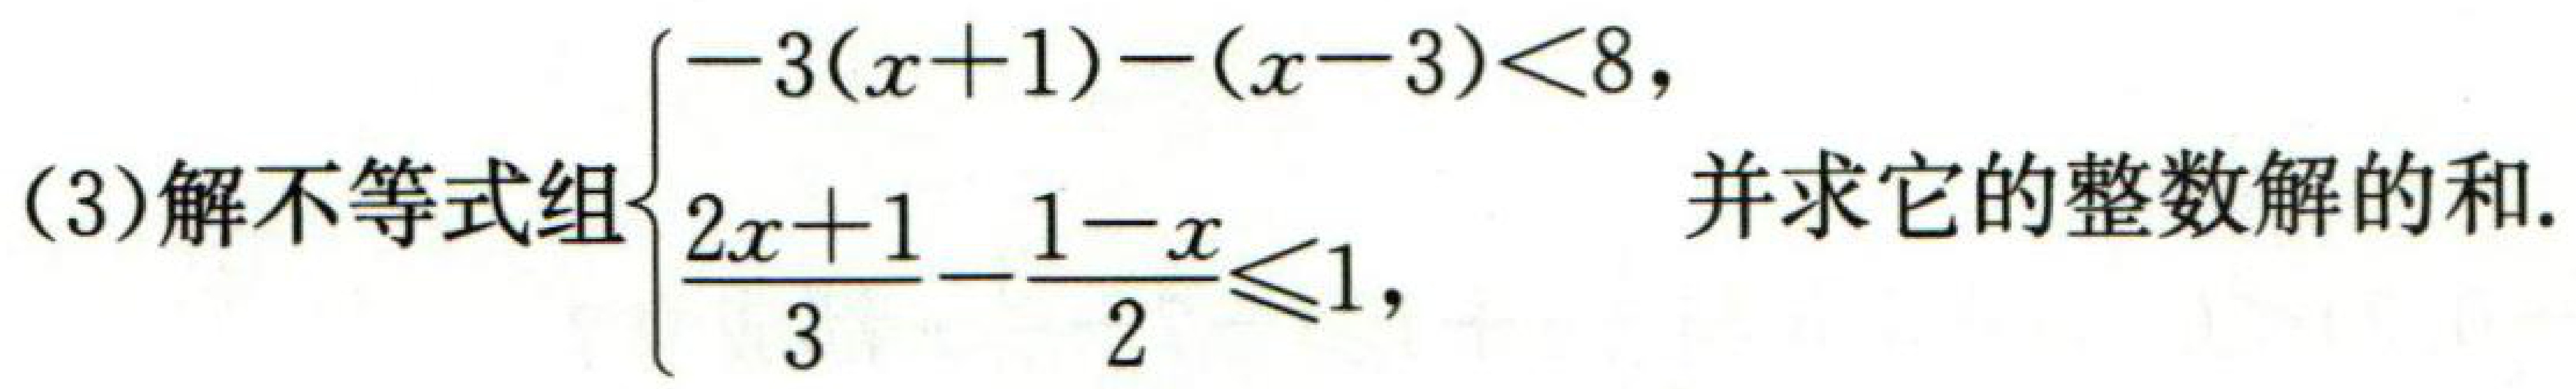
(3)解不等式组\(\begin{cases}-3(x + 1)-(x - 3)<8,\\\dfrac{2x + 1}{3}-\dfrac{1 - x}{2}\leq1,\end{cases}\)并求它的整数解的和.